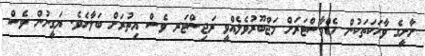
ށާށީގެ ވާހަކަތަކުން ހެޑްމާސްޓަރަށް މަޖްބޫރުވެލެއްވީ ރަޖިސްޓަރ ވެސް އިތުރަށް ބަލާށެވެ. ޔަގީނުން ވެސް